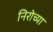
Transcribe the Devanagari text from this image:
निरोच्या